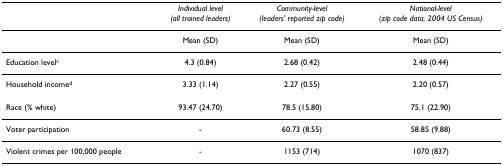
|  | Individual level(all trained leaders) | Community-level(leaders' reported zip code) | National-level(zip code data, 2004 US Census) |
 | --- | --- | --- | --- |
 |  | Mean (SD) | Mean (SD) | Mean (SD) |
 | Education levelc | 4.3 (0.84) | 2.68 (0.42) | 2.48 (0.44) |
 | Household incomed | 3.33 (1.14) | 2.27 (0.55) | 2.20 (0.57) |
 | Race (% white) | 93.47 (24.70) | 78.5 (15.80) | 75.1 (22.90) |
 | Voter participation | - | 60.73 (8.55) | 58.85 (9.88) |
 | Violent crimes per 100,000 people | - | 1153 (714) | 1070 (837) |